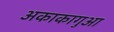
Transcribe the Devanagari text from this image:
अकाकागुआ